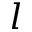
l